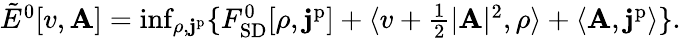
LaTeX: \begin{array}{r}{\tilde{E}^{0}[v,\mathbf{A}]=\operatorname*{inf}_{\rho,\mathbf{j}^{\mathrm{p}}}\{ F_{\mathrm{SD}}^{0}[\rho,\mathbf{j}^{\mathrm{p}}]+\langle v+\frac{1}{2}|\mathbf{A}|^{2},\rho\rangle+\langle\mathbf{A},\mathbf{j}^{\mathrm{p}}\rangle\} .}\end{array}